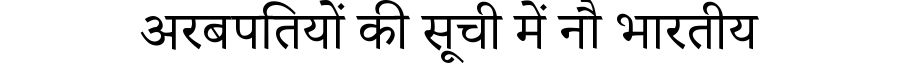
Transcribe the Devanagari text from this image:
अरबपतियों की सूची में नौ भारतीय